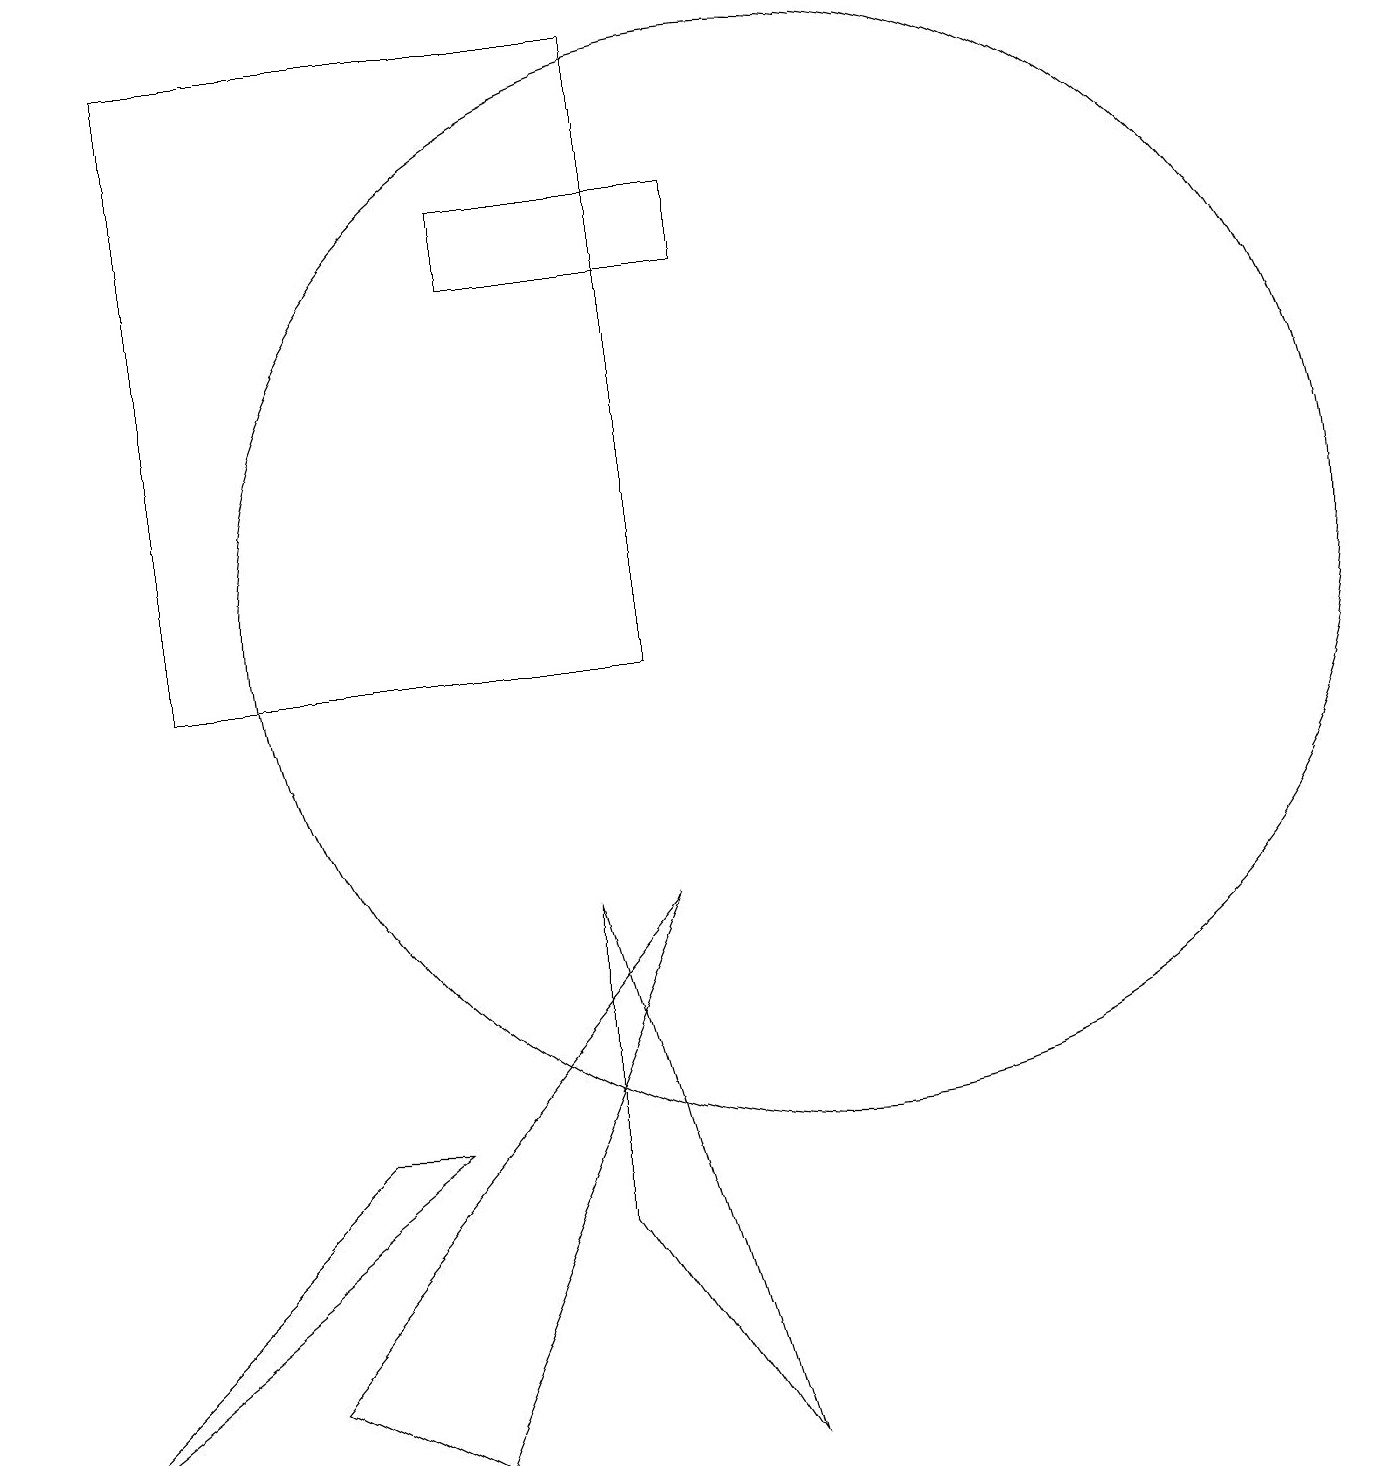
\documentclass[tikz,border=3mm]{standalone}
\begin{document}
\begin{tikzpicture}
\draw (9,16) rectangle (6,15);
\draw (7,3) -- (9,0) -- (7,7) -- cycle;
\draw (8,7) -- (3,1) -- (5,0) -- cycle;
\draw (0,0) -- (5,4) -- (4,4) -- cycle;
\draw (8,10) rectangle (2,18);
\draw (10,11) circle (7);
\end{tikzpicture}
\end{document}